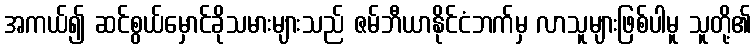
အကယ်၍ ဆင်စွယ်မှောင်ခိုသမားများသည် ဇမ်ဘီယာနိုင်ငံဘက်မှ လာသူများဖြစ်ပါမူ သူတို့၏